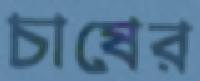
চাষের